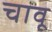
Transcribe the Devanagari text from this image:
चावू